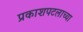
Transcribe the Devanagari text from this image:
प्रकाशपटलाच्या